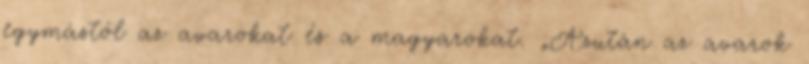
egymástól az avarokat és a magyarokat. „Azután az avarok